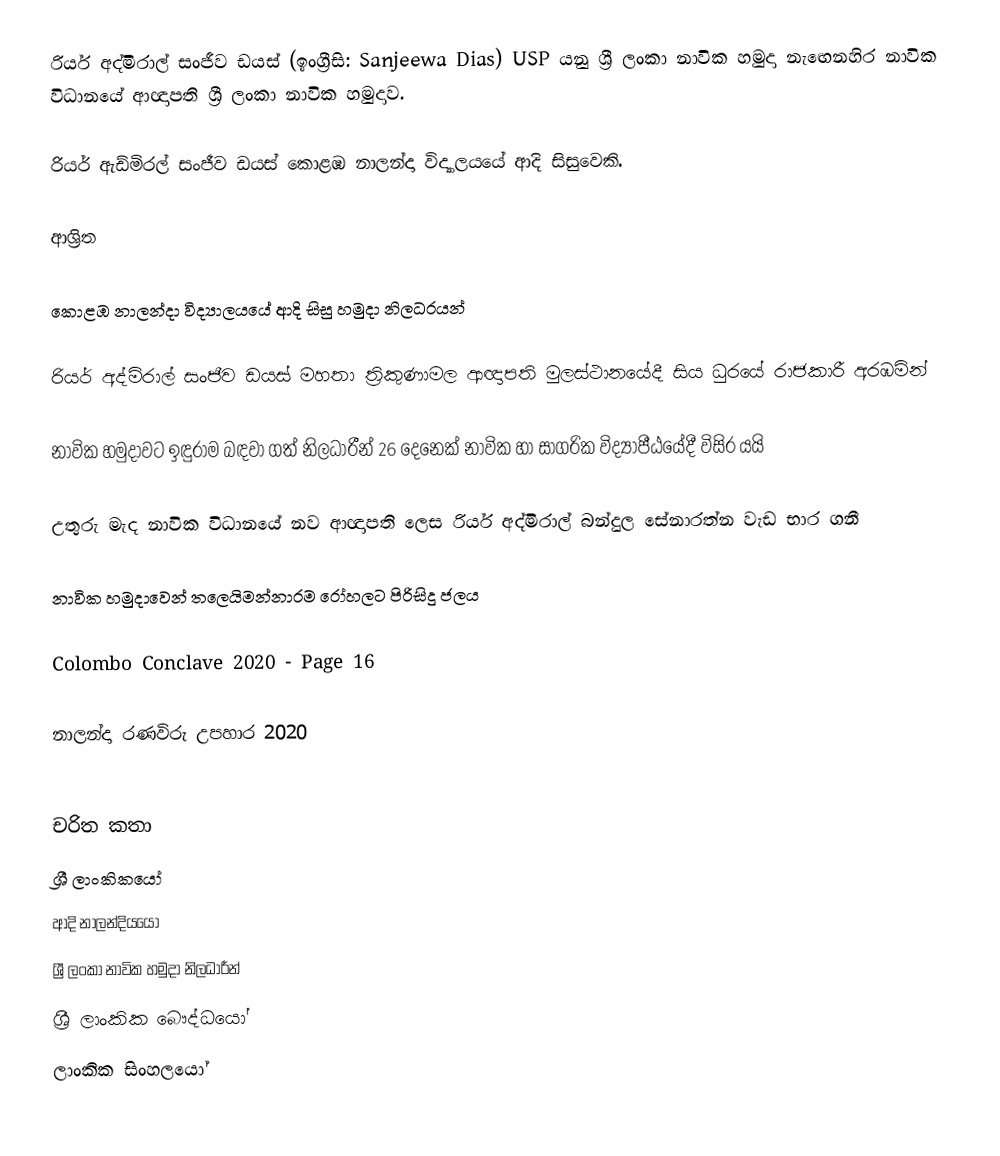
රියර් අද්මිරාල් සංජීව ඩයස් (ඉංග්‍රීසි: Sanjeewa Dias) USP යනු  ශ්‍රී ලංකා නාවික හමුදා  නැඟෙනහිර නාවික විධානයේ ආඥාපති ශ්‍රී ලංකා නාවික හමුදාව.

රියර් ඇඩ්මිරල් සංජීව ඩයස්  කොළඹ නාලන්දා විද්‍යාලයයේ ආදි සිසුවෙකි.

ආශ්‍රිත

 කොළඹ නාලන්දා විද්‍යාලයයේ ආදි සිසු හමුදා නිලධරයන්

 රියර් අද්මිරාල් සංජීව ඩයස් මහතා ත්‍රිකුණාමල ආඥාපති මුලස්ථානයේදී සිය ධුරයේ රාජකාරී අරඹමින්

 නාවික හමුදාවට ඉඳුරාම බඳවා ගත් නිලධාරීන් 26 දෙනෙක් නාවික හා සාගරික විද්‍යාපීඨයේදී විසිර යයි

 උතුරු මැද නාවික විධානයේ නව ආඥාපති ලෙස රියර් අද්මිරාල් බන්දුල සේනාරත්න වැඩ භාර ගනී

 නාවික හමුදාවෙන් තලෙයිමන්නාරම රෝහලට පිරිසිදු ජලය

 Colombo Conclave 2020  - Page 16

 නාලන්දා රණවිරු උපහාර 2020

චරිත කතා
ශ්‍රී ලාංකිකයෝ
ආදි නාලන්දියයෝ
ශ්‍රී ලංකා නාවික හමුදා නිලධාරීන්
ශ්‍රී ලාංකික බෞද්ධයෝ
ලාංකික සිංහලයෝ